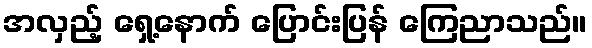
အလှည့် ရှေ့နောက် ပြောင်းပြန် ကြေညာသည်။